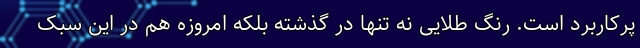
پرکاربرد است. رنگ طلایی نه تنها در گذشته بلکه امروزه هم در این سبک